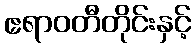
ဧရာဝတီတိုင်းနှင့်